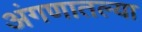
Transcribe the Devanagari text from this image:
अंगणातल्या